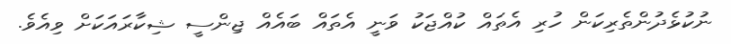
ނުކުޅެދުންތެރިކަން ހުރި އެތައް ކުއްޖަކު ވަނީ އެތައް ބައެއް ޖިންސީ ޝިކާރައަކަށް ވިއެވެ.